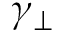
\gamma _ { \perp }